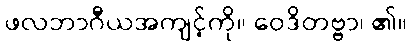
ဖလဘာဂီယအကျင့်ကို။ ဝေဒိတဗ္ဗာ၊ ၏။